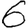
Digit: 6